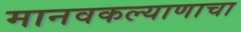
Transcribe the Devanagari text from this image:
मानवकल्याणाचा